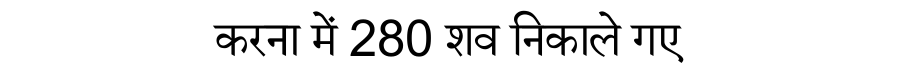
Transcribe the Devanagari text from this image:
करना में 280 शव निकाले गए